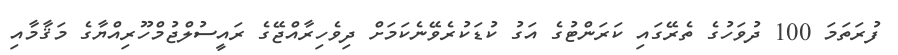
ފުރަތަމަ 100 ދުވަހުގެ ތެރޭގައި ކަރަންޓުގެ އަގު ކުޑަކުރެވޭނެކަމަށް ދިވެހިރާއްޖޭގެ ރައީސުލްޖުމްހޫރިއްޔާގެ މަޤާމާއި